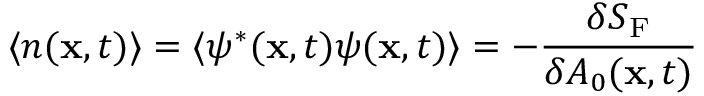
\langle n ( { \bf x } , t ) \rangle = \langle \psi ^ { * } ( { \bf x } , t ) \psi ( { \bf x } , t ) \rangle = - { \frac { \delta S _ { \mathrm { F } } } { \delta { \cal A } _ { 0 } ( { { \bf x } , t } ) } }